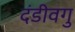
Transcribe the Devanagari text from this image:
दंडीवगु